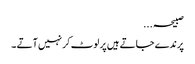
صبیحہ ...
پرندے جاتے ہیں پر لوٹ کر نہیں آتے ۔